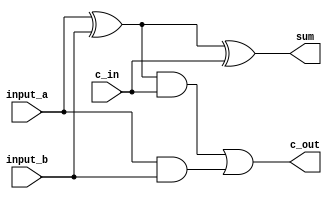
module my_1bit_full_adder(input_a, input_b, c_in, sum, c_out);

    input input_a, input_b, c_in;
    
    output sum, c_out;
    
    wire w1, w2, w3;
    
    xor xor1(w1, input_a, input_b);
    xor xor2(sum, w1, c_in);
    
    and and1(w2, w1, c_in);
    and and2(w3, input_a, input_b);
    
    or or1(c_out, w2, w3);
    
endmodule